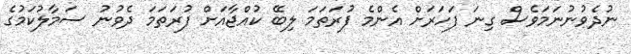
ނުދެވުނުނަމަވެސް ގިނަ ފަހަރަށް އެންމެ ފުރަތަމަ ލިބޭ ކުއްޖާއަށް ފުރަތަމަ ދެވުނު ސަމާލުކަމުގެ